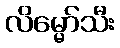
လိမ္မော်သီး